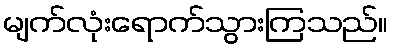
မျက်လုံးရောက်သွားကြသည်။